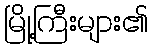
မြို့ကြီးများ၏